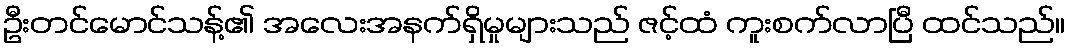
ဦးတင်မောင်သန့်၏ အလေးအနက်ရှိမှုများသည် ဇင့်ထံ ကူးစက်လာပြီ ထင်သည်။